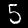
Label: 5